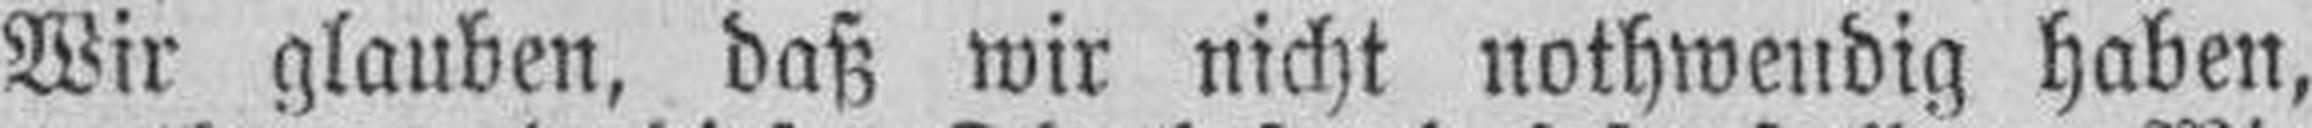
Wir glauben, daß wir nicht nothwendig haben,